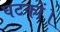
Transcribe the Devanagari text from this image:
घटकों।